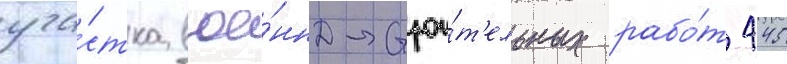
уча́стка вое́нно-строи́т'ельных рабо́т 445